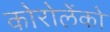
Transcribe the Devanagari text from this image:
कोरोलेंको